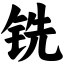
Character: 铣